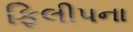
ફિલીપના